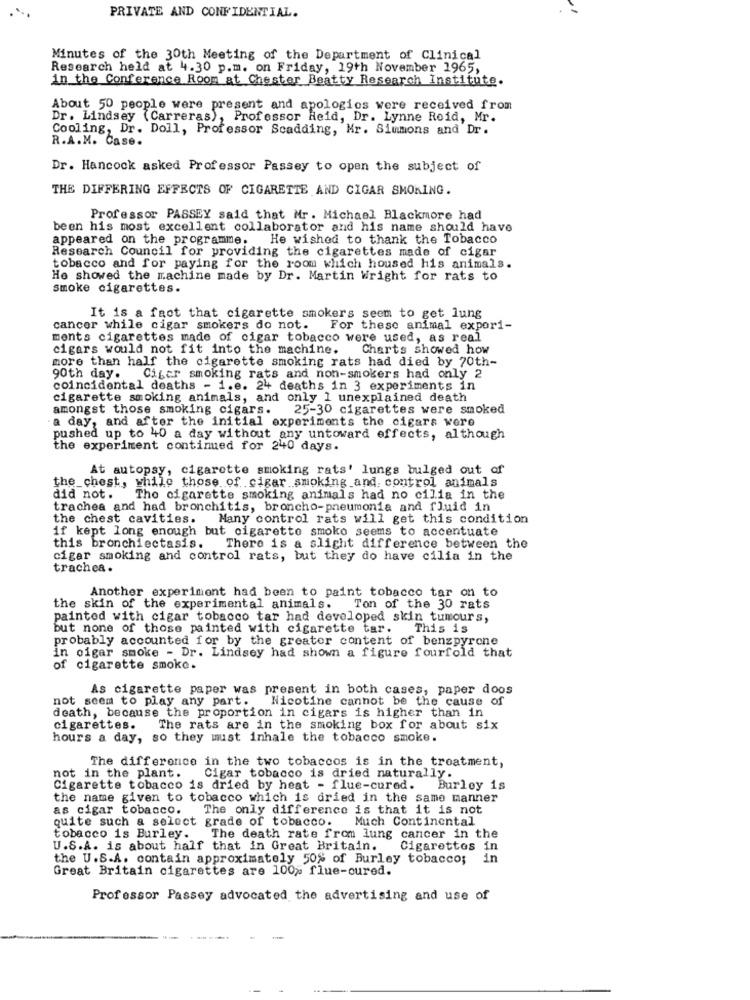
PRIVATE AND CONFIDENTIAL.
Minutes of the 30th Meeting of the Department of Clinical
Research held at 4.30 p.m. on Friday, 19th November 1965,
in the Conference Room at Chester Beatty Research Institute.
About 50 people were present and apologies were received from
Dr. Lindsey (Carreras), Professor Reid, Dr. Lynne Reid, Mr.
Cooling, Dr. Doll, Professor Scadding, Mr. Simmons and Dr.
R.A.M. Case.
Dr. Hancock asked Professor Passey to open the subject of
THE DIFFERING EFFECTS OF CIGARETTE AND CIGAR SMOKING.
Professor PASSEY said that Mr. Michael Blackmore had
been his most excellent collaborator and his name should have
appeared on the programme. He wished to thank the Tobacco
Research Council for providing the cigarettes made of cigar
tobacco and for paying for the room which housed his animals.
He showed the machine made by Dr. Martin Wright for rats to
smoke cigarettes.
It is a fact that cigarette smokers seem to get lung
cancer while cigar smokers do not.
For these animal expori-
ments cigarettes made of cigar tobacco were used, as real
cigars would not fit into the machine.
Charts showed how
more than half the cigarette smoking rats had died by 70th-
90th day. Cigar smoking rats and non-smokers had only 2
coincidental deaths - 1.e. 24 deaths in 3 experiments in
cigarette smoking animals, and only 1 unexplained death
amongst those smoking cigars.
25-30 cigarettes were smoked
a day, and after the initial experiments the cigars were
pushed up to 40 a day without any untoward effects, although
the experiment continued for 240 days.
At autopsy, cigarette smoking rats' lungs bulged out of
the chest, while those of cigar smoking and control animals
did not.
The cigarette smoking animals had no cilia in the
trachea and had bronchitis, broncho-pneumonia and fluid in
the chest cavities. Many control rats will get this condition
if kept long enough but cigarette smoke seems to accentuate
this bronchiectasis. There is a slight difference between the
cigar smoking and control rats, but they do have cilia in the
trachea .
Another experiment had been to paint tobacco tar on to
the skin of the experimental animals. Ton of the 30 rats
painted with cigar tobacco tar had developed skin tumours,
but none of those painted with cigarette tar.
This is
probably accounted for by the greater content of benzpyrone
in cigar smoke - Dr. Lindsey had shown a figure fourfold that
of cigarette smoke.
As cigarette paper was present in both cases, paper doos
not seem to play any part.
Nicotine cannot be the cause of
death, because the proportion in cigars is higher than in
cigarettes.
The rats are in the smoking box for about six
hours a day, so they must inhale the tobacco smoke.
The difference in the two tobaccos is in the treatment,
not in the plant.
Cigar tobacco is dried naturally.
Cigarette tobacco is dried by heat - flue-cured.
Burley is
the name given to tobacco which is dried in the same manner
as cigar tobacco.
The only difference is that it is not
quite such a select grade of tobacco.
Much Continental
tobacco is Burley.
The death rate from lung cancer in the
U.S.A. is about half that in Great Britain.
Cigarettes
in
the U.S.A. contain approximately 50% of Burley tobacco;
in
Great Britain cigarettes are 100% flue-cured.
Professor Passey advocated the advertising and use of